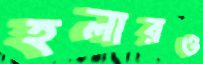
হলারও